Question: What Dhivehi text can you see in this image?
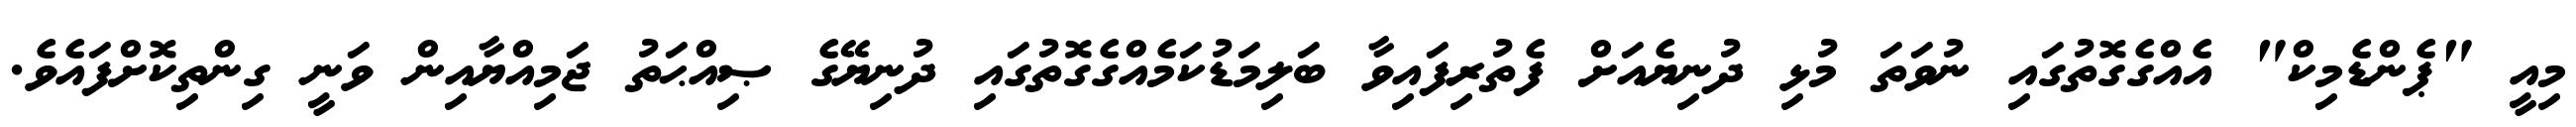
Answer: މިއީ "ޕެންޑެމިކް" އެއްގެގޮތުގައި ނުވަތަ މުޅި ދުނިޔެއަށް ފެތުރިފައިވާ ބަލިމަޑުކަމެއްގެގޮތުގައި ދުނިޔޭގެ ޞިއްޙަތު ޖަމިއްޔާއިން ވަނީ ގިންތިކޮށްފައެވެ.